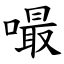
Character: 嘬